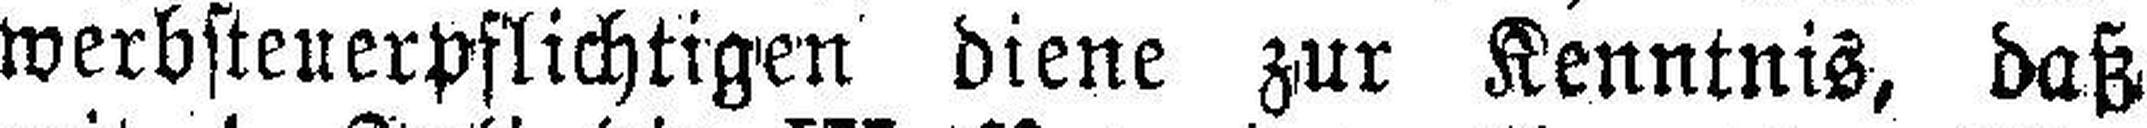
werbsteuerpflichtigen diene zur Kenntnis, daß